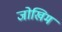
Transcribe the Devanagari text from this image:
जोखिम